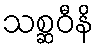
သစ္ဆဝီနိ